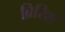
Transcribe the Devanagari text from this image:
ब्रिरिश